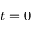
t = 0